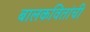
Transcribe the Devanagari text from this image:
बालकवितांची